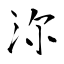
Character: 沵